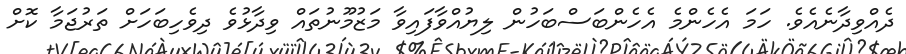
ދެއްވިދާނެއެވެ. ހަމަ އެހެންމެ އެހެންބަސްބަހުން ލިޔުއްވާފައިވާ މަޒުމޫނުތައް ވިދާޅުވެ ދިވެހިބަހަށް ތަރުޖަމާ ކޮށް